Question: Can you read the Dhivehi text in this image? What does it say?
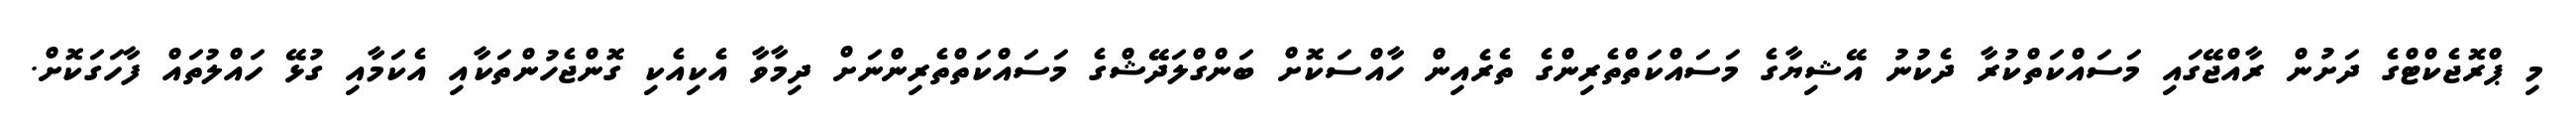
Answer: މި ޕްރޮޖެކްޓްގެ ދަށުން ރާއްޖޭގައި މަސައްކަތްކުރާ ދެކުނު އޭޝިޔާގެ މަސައްކަތްތެރިންގެ ތެރެއިން ހާއްސަކޮށް ބަންގްލަދޭޝްގެ މަސައްކަތްތެރިންނަށް ދިމާވާ އެކިއެކި ގޮންޖެހުންތަކާއި އެކަމާއި ގުޅޭ ހައްލުތައް ފާހަގަކޮށް.